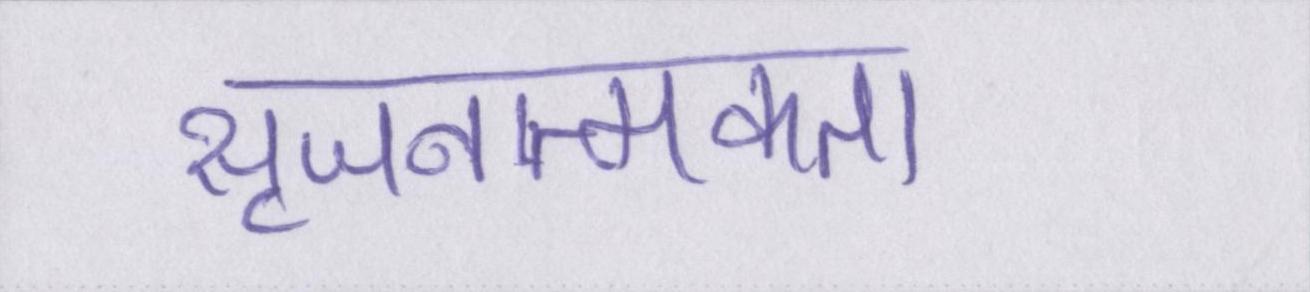
सृजनात्मकता